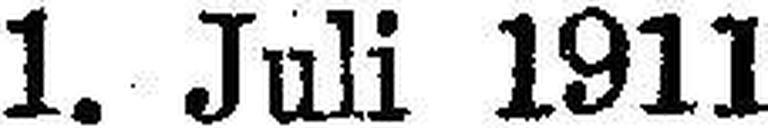
1. Juli 1911